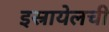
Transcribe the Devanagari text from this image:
इस्रायेलची